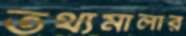
তথ্যমালার